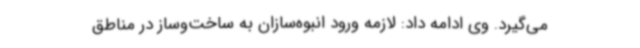
می‌گیرد. وی ادامه داد: لازمه ورود انبوه‌سازان به ساخت‌وساز در مناطق